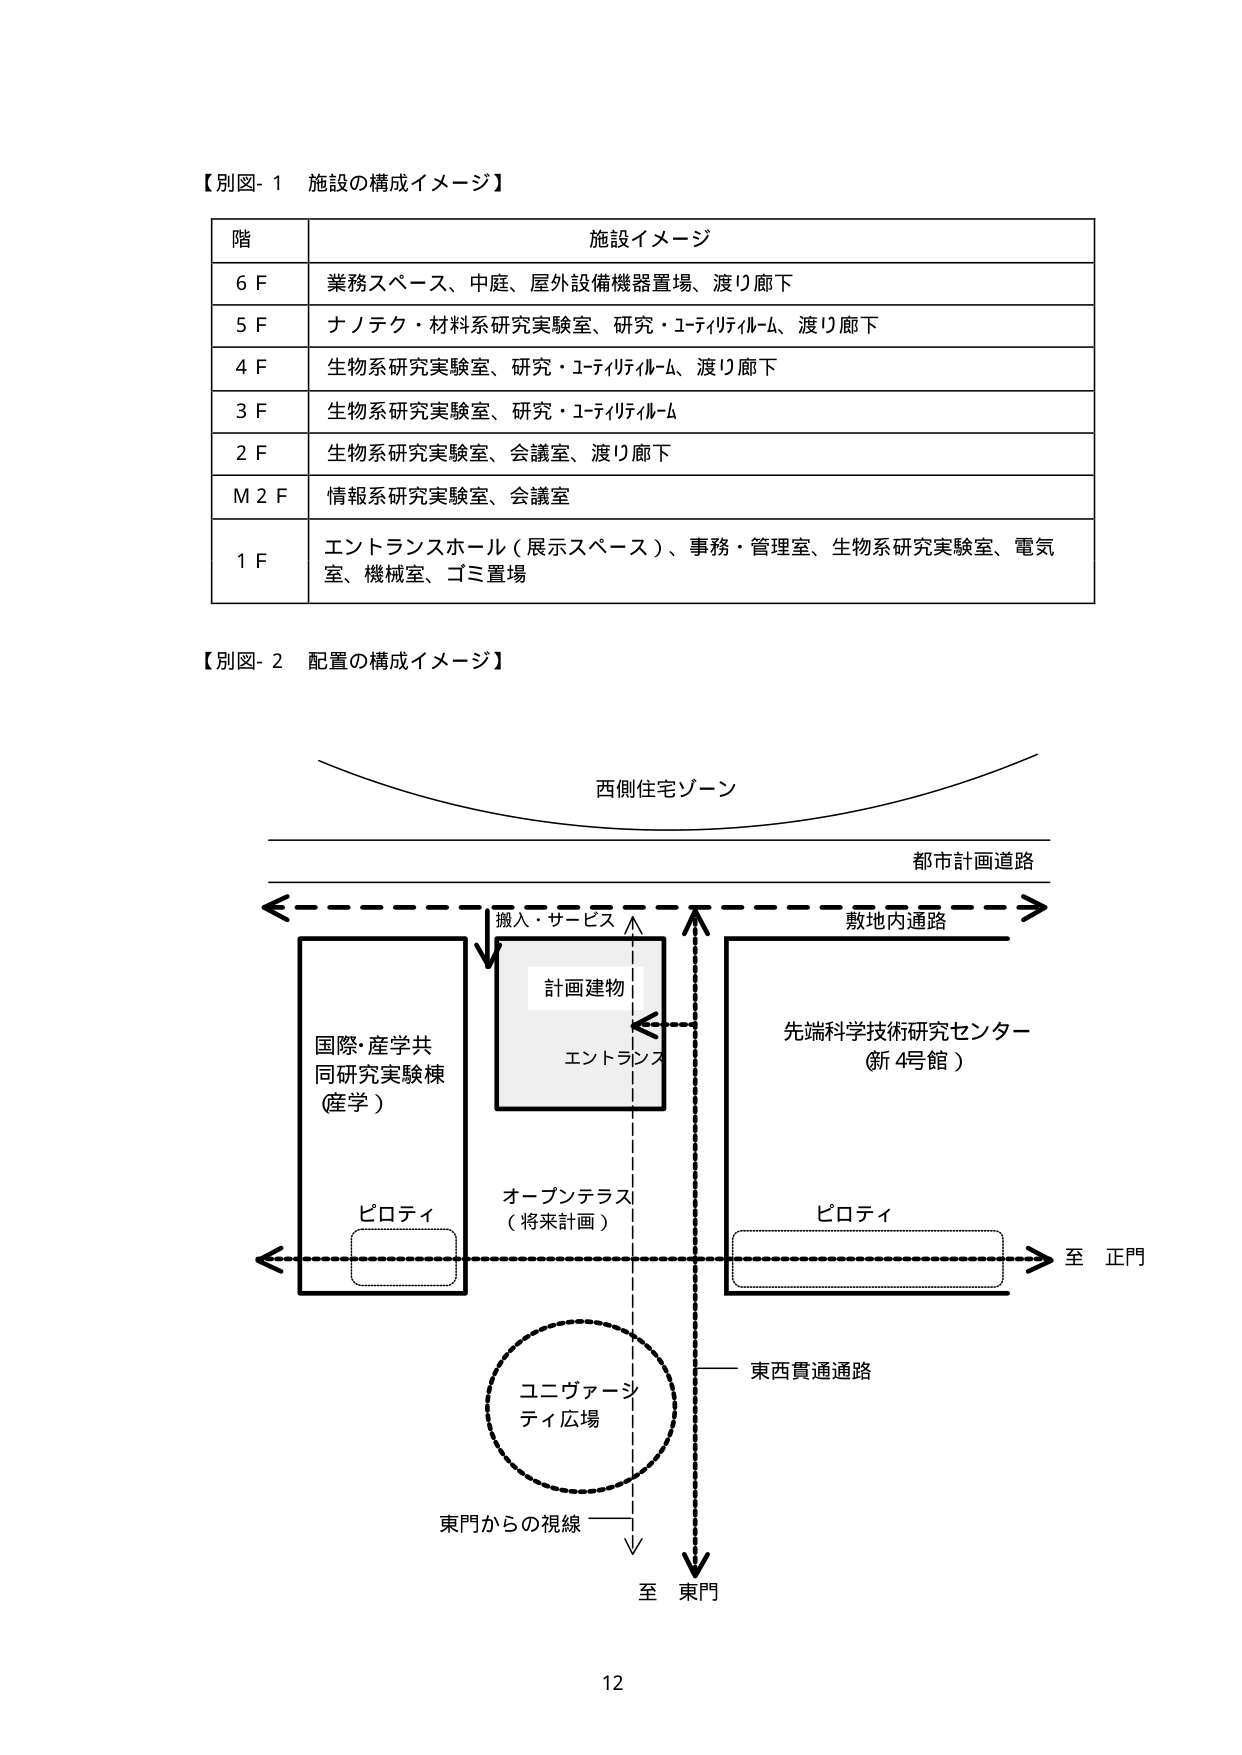
【別図- 1 施設の構成イメージ】

階 施設イメージ
6 F 業務スペース、中庭、屋外設備機器置場、渡り廊下
5 F ナノテク・材料系研究実験室、研究・ユーティリティルーム、渡り廊下
4 F 生物系研究実験室、研究・ユーティリティルーム、渡り廊下
3 F 生物系研究実験室、研究・ユーティリティルーム
2 F 生物系研究実験室、会議室、渡り廊下
M 2 F 情報系研究実験室、会議室
1 F エントランスホール（展示スペース）、事務・管理室、生物系研究実験室、電気室、機械室、ゴミ置場

【別図- 2 配置の構成イメージ】

西側住宅ゾーン
都市計画道路
搬入・サービス
敷地内通路
計画建物
エントランス
国際・産学共同研究実験棟（産学）
オーブンテラス（将来計画）
先端科学技術研究センター（新4号館）
ピロティ
ピロティ
至 正門
東西貫通通路
ユニヴァーシティ広場
東門からの視線
至 東門

12